Sketch of the medical history of the native army of Bombay, for the year
Year: 1872
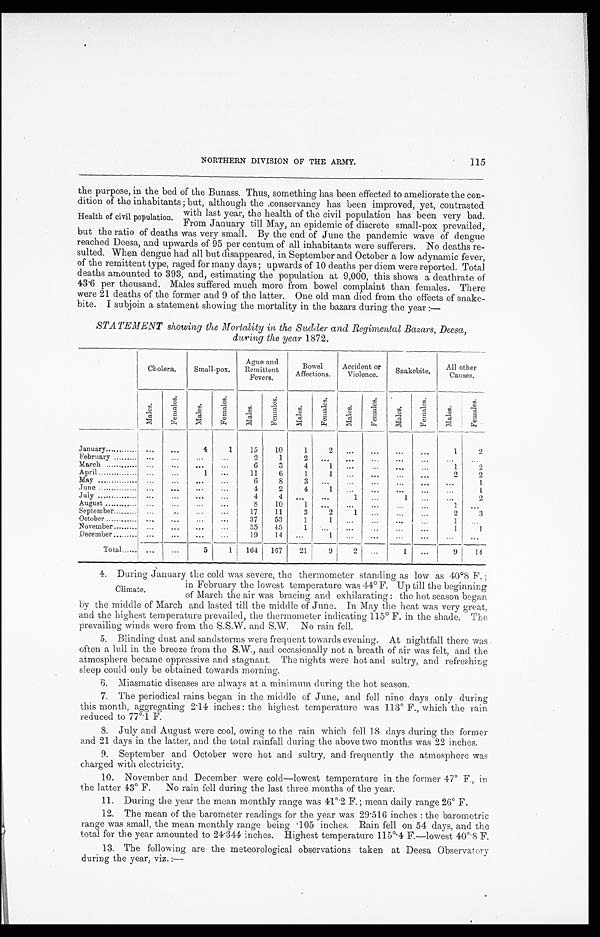
NORTHERN DIVISION OF THE ARMY.
115
the purpose, in the bed of the Bunass. Thus, something has been effected to ameliorate the con
-dition of the inhabitants ; but, although the conservancv has been improved, yet, contrasted
with last year, the health of the civil population has been very ba
d. From January till May, an epidemic of discrete small-pox prevailed,
but the ratio of deaths was very small. By the end of June the pandemic wave of dengu
e reached Deesa, and upwards of 95 per centum of all inhabitants were sufferers. No deaths re
-sulted. When dengue had all but disappeared, in September and October a low adynamic fever
of the remittent type, raged for many days ; upwards of 10 deaths per diem were reported. Total
deaths amounted to 393, and, estimating the population at 9,000, this shows a deathrate of
43.6 per thousand. Males suffered much more from bowel complaint than females. Then
were 21 deaths of the former and 9 of the latter. One old man died from the effects of snake
-bite. I subjoin a statement showing the mortality in the bazars during the year :—
STATEMENT showing the Mortality in the Sudder and Regimental Bazars, Deesa,
daring the year 1872.
Cholera.
Small-pox.
Ague and
Remittent
Fevers.
Bowel
Affections.
Accident or
Violence.
Snakebite.
All other
Causes.
Ma l e s .
Fe ma l e s .
Ma l e s .
F e m a l e s .
Mal es .
F e ma l e s .
Mal es.
F e ma l e s .
Ma l e s .
F e ma l e s .
Mal es.
F e ma l e s .
Males.
F e ma l e s .
January . . .
. . .
. . .
4
1
15
10
1
2
. . .
. . .
. . .
. . .
1
2
February . . .
. . .
. . .
. . .
. . .
2
1
2
. . .
. . .
. . . . . .
. . .
. . .
. . .
March . . .
. . .
. . .
. . .
. . .
6
3
4
1
. . .
. . . . . .
. . .
1
2
April . . .
. . .
. . .
1
. . .
11
6
1
1
. . .
. . .
. . .
. . .
2
2
May . . .
. . .
. . .
. . .
. . .
6
8
3
. . .
. . .
. . .
. . .
. . .
. . .
1
June . . .
. . .
. . .
. . .
. . .
4
2
4
1
. . .
. . .
. . .
. . .
. . .
1
July . . .
. . .
. . .
. . .
. . .
4
4
. . .
. . .
1
. . .
1
. . .
. . .
2
August . . .
. . .
. . .
. . .
. . .
8
10
1
. . .
. . .
. . .
. . . . . .
1
. . .
September . . .
. . .
. . .
. . .
. . .
17
11
3
2
1
. . .
. . .
. . .
2
3
October . . .
. . .
. . .
. . .
. . .
37
53
1
1
. . .
. . .
. . .
. . .
1
. . .
November . . .
. . .
. . .
. . . . . .
35
45
1
. . .
. . .
. . . . . .
. . .
1
1
December . . .
. . .
. . .
. . . . . .
19
14
. . .
1
. . .
. . . . . .
. . .
. . .
. . .
Total . . . . . .
. . .
5
1
164
167
21
9
2
. . .
1
. . .
9
14
4 . D u r i n g J a n u a r y t h e c o l d w a s s e v e r e , t h e t h e r m o m e t e r s t a n d i n g a s l o w a s 4 0°8 F . ;
in February the lowest temperature was 44°F. Up till the beginning
of March the air was bracing and exhilarating : the hot season began
by the middle of March and lasted till the middle of June. In May the heat was very great,
and the highest temperature prevailed, the thermometer indicating 115° F. in the shade. The
prevailing winds were from the S.S.W. and S.W. No rain fell.
5 . B l i n d i n g d u s t a n d s a n d s t o r m s w e r e f r e q u e n t t o w a r d s e v e n i n g . A t n i g h t f a l l t h e r e w a s
often a lull in the breeze from the S.W., and occasionally not a breath of air was felt, and the
atmosphere became oppressive and stagnant. The nights were hot and sultry, and refreshing
sleep could only be obtained towards morning.
6 . M i a s m a t i c d i s e a s e s a r e a l w a y s a t a m i n i m u m d u r i n g t h e h o t s e a s o n .
7 . T h e p e r i o d i c a l r a i n s b e g a n i n t h e m i d d l e o f J u n e , a n d f e l l n i n e d a y s o n l y d u r i n g
this month, aggregating 2.14 inches : the highest temperature was 113° F., which the rain
reduced to 77°.1 F.
8. July and August were cool, owing to the rain which fell 18 days durin the former
and 21 days in the latter, and the total rainfall during the above two months was 22 inches.
9. September and October were hot and sultry, and frequently the atmosphere was
charged with electricity.
10. November and December were cold—lowest temperature in the former 47° F., in
the latter 43° F.
No rain fell during the last three months of the year.
11. During the year the mean monthly range was 41°.2 F. ; mean daily range 26° F.
12.
The mean of the barometer readings for the year was 29.516 inches : the baromet0ric
range was small, the mean monthly range being .105 inches. Rain fell on 54 days, and the
total for the year amounted to 24.344 inches. Highest temperature 115°.4 F.—lowest 40°.8 F.
13. The following are the meteorological observations taken at Deesa Observatory
during the year, viz.:—
Health of civil population.
Cli mate.